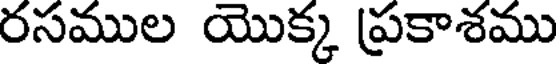
రసముల యొక్క ప్రకాశము